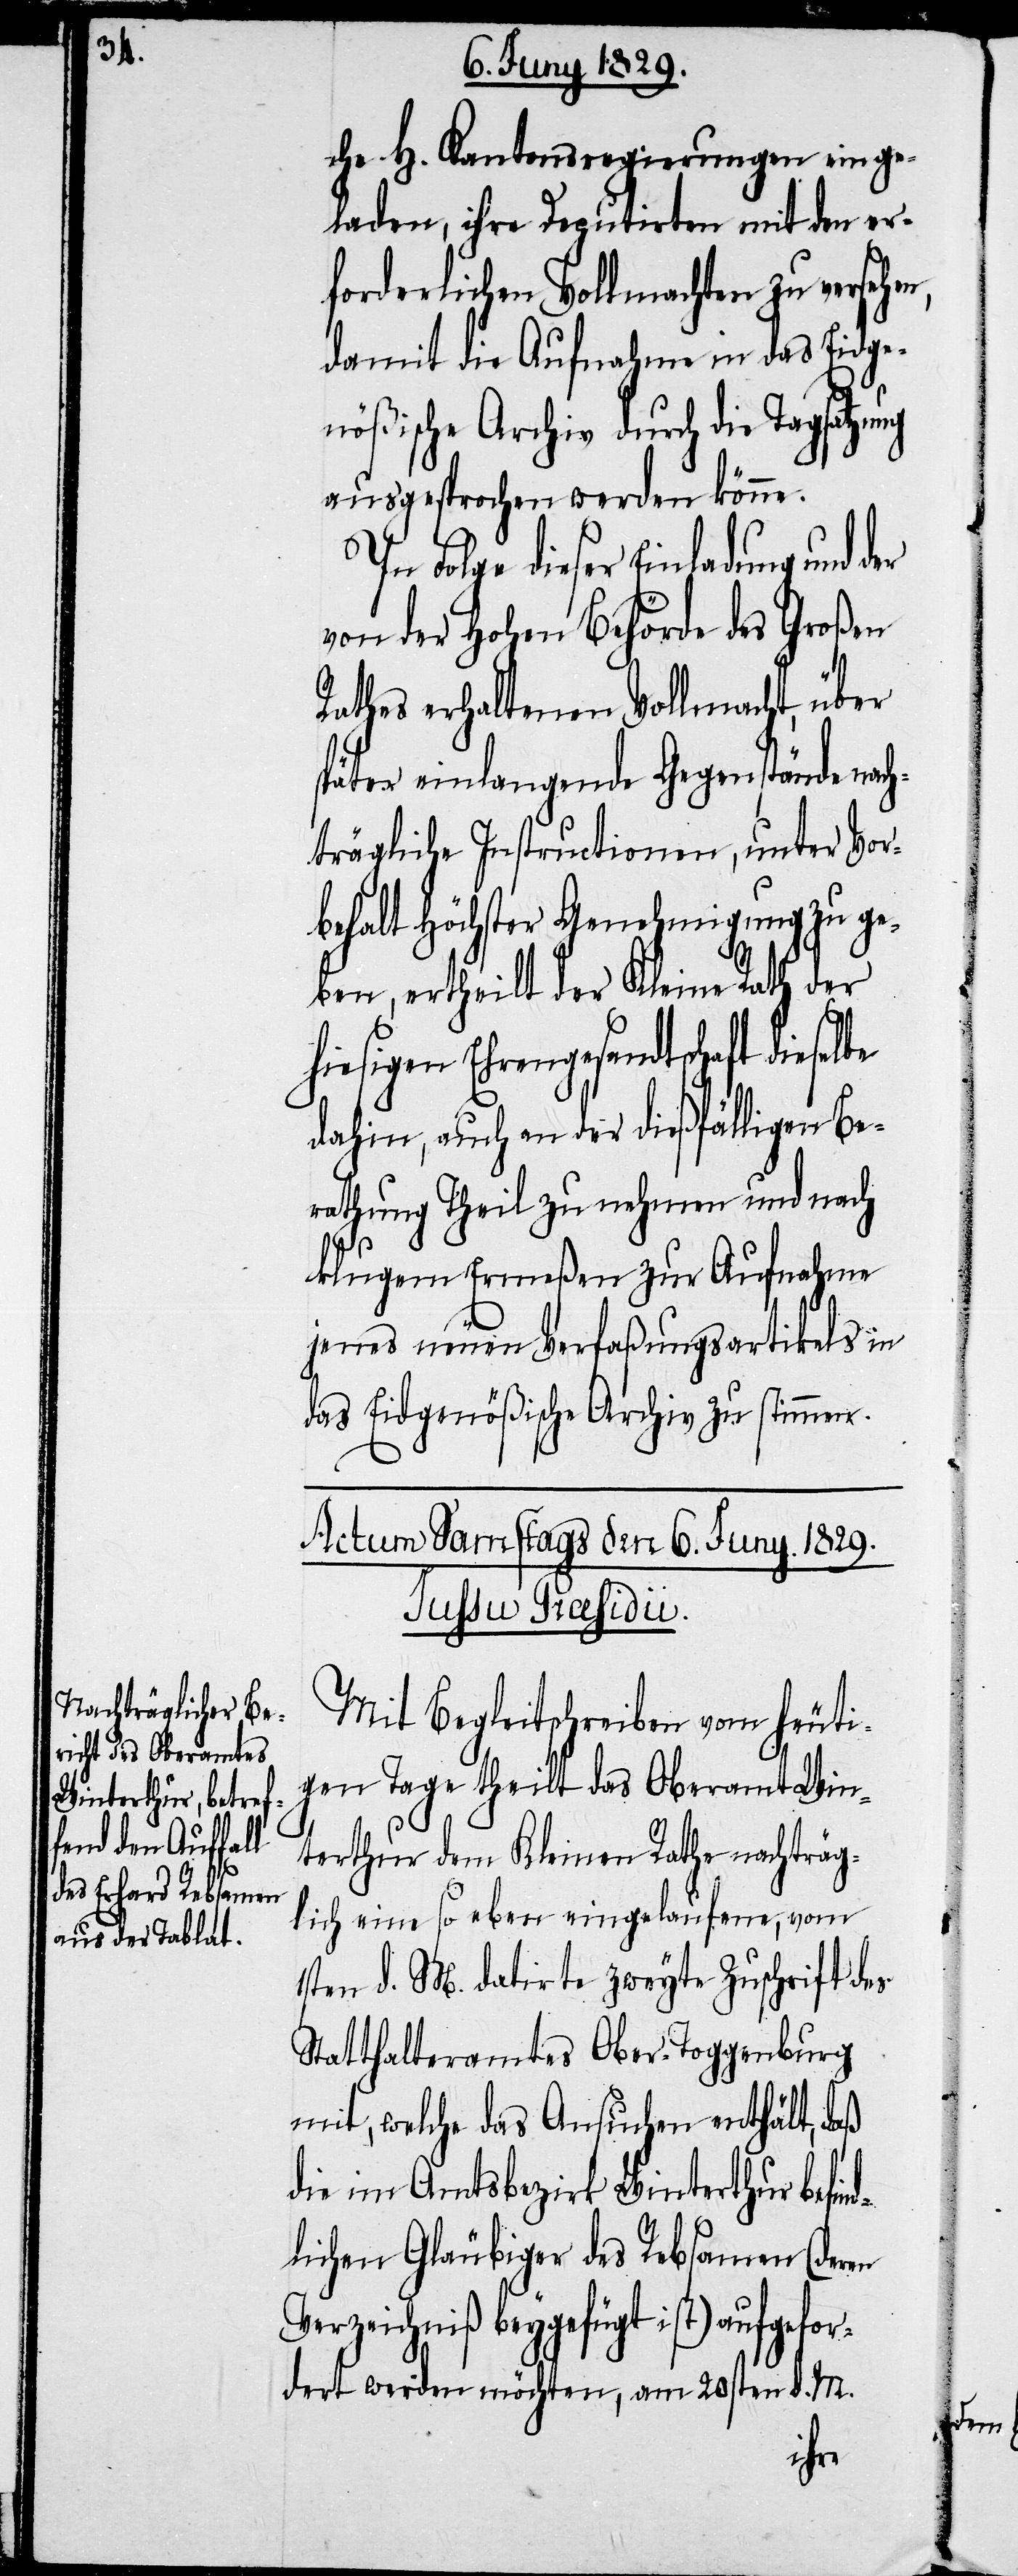
che H. Kantonsregierungen einge¬
laden, ihre Deputirten mit den er¬
forderlichen Vollmachten zu versehen,
damit die Aufnahme in das Eidge¬
nößische Archiv durch die Tagsatzung
ausgesprochen werden könne.
In Folge dieser Einladung und der
von der Hohen Behörde des Großen
Rathes erhaltenen Vollmacht, über
später einlangende Gegenstände nac¬
hträgliche Instructionen, unter Vor¬
behalt Höchster Genehmigung zu ge¬
ben, ertheilt der Kleine Rath der
hiesigen Ehrengesandtschaft dieselbe
dahin, auch an der dießfälligen Be¬
rathung Theil zu nehmen und nach
klugem Ermeßen zur Aufnahme
jenes neuen Verfaßungsartikels in
das Eidgenößische Archiv zu stimmen.
Actum Samstags den 6. Juny 1829.
Jussu Praesidii.
Mit Begleitschreiben vom heuti¬
gen Tage theilt das Oberamt Win¬
terthur dem Kleinen Rathe nachträg¬
lich eine so eben eingelaufene, vom
1sten d. M. datirte zweyte Zuschrift des
Statthalteramtes Ober-Toggenburg
mit, welche das Ansuchen enthält, daß
die im Amtsbezirk Winterthur befin¬
dlichen Gläubiger des Rebsamen (deren
Verzeichniß beygefügt ist) aufgefor¬
dert werden möchten, am 20sten d. M.